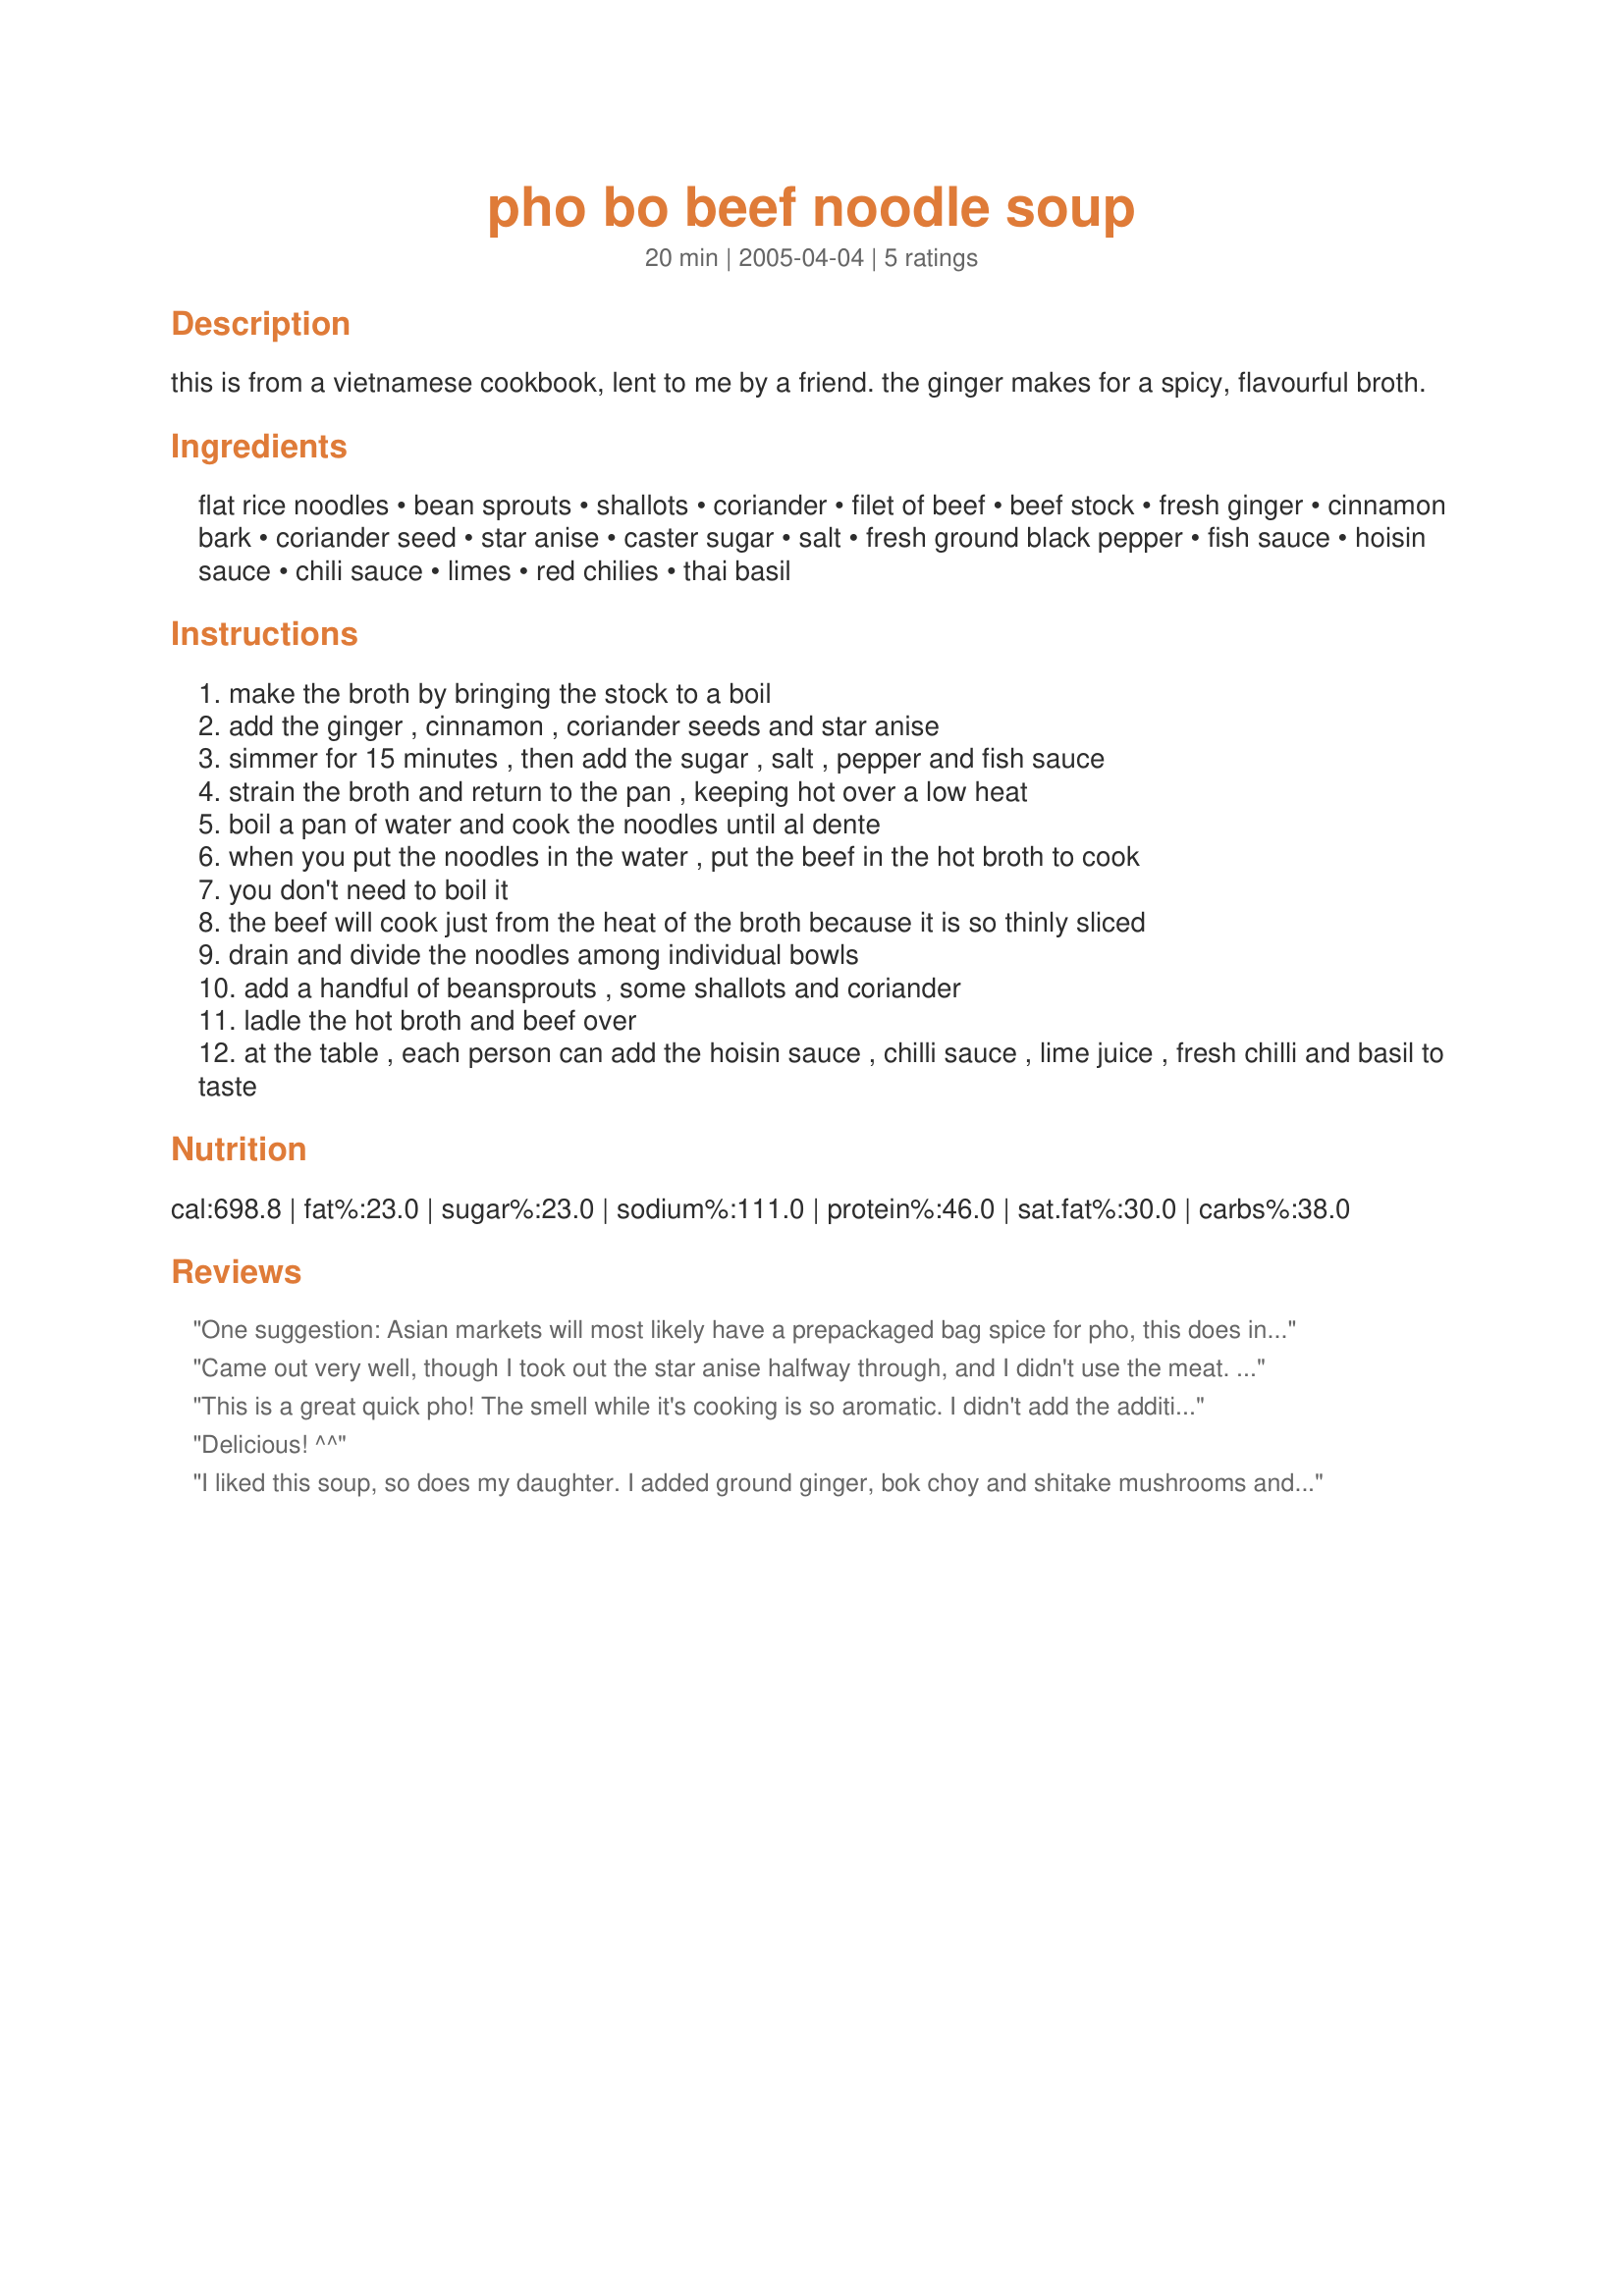
pho bo beef noodle soup
Preparation time: 20 minutes

this is from a vietnamese cookbook, lent to me by a friend. the ginger makes for a spicy, flavourful broth.

Ingredients:
flat rice noodles, bean sprouts, shallots, coriander, filet of beef, beef stock, fresh ginger, cinnamon bark, coriander seed, star anise, caster sugar, salt, fresh ground black pepper, fish sauce, hoisin sauce, chili sauce, limes, red chilies, thai basil

Steps:
make the broth by bringing the stock to a boil
add the ginger , cinnamon , coriander seeds and star anise
simmer for 15 minutes , then add the sugar , salt , pepper and fish sauce
strain the broth and return to the pan , keeping hot over a low heat
boil a pan of water and cook the noodles until al dente
when you put the noodles in the water , put the beef in the hot broth to cook
you don't need to boil it
the beef will cook just from the heat of the broth because it is so thinly sliced
drain and divide the noodles among individual bowls
add a handful of beansprouts , some shallots and coriander
ladle the hot broth and beef over
at the table , each person can add the hoisin sauce , chilli sauce , lime juice , fresh chilli and basil to taste

Reviews:
One suggestion: Asian markets will most likely have a prepackaged bag spice for pho, this does include cinnamon, star annise, pepper corn, and coriander seeds. Pho paste also can be found in the condiments section also, if you rather not look for the spice bag.
Came out very well, though I took out the star anise halfway through, and I didn't use the meat. Mine didn't come out as spicy as in a restaurant, which is the way I like it
This is a great quick pho! The smell while it's cooking is so aromatic. I didn't add the additional salt as my beef broth was plenty salty already. Next time I would add a touch less pepper as this was a little too peppery for me.
Delicious! ^^
I liked this soup, so does my daughter. I added ground ginger, bok choy and shitake mushrooms and used 5 spce powder as I did not have the individual ingredients
